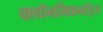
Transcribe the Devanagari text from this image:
क्लॉनमिकनॉइज